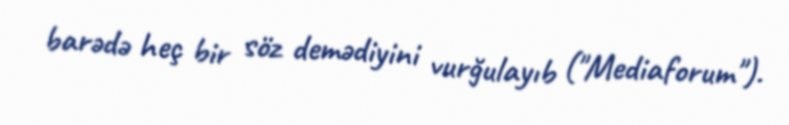
barədə heç bir söz demədiyini vurğulayıb ("Mediaforum").